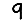
Digit: 9